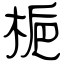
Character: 梔